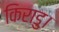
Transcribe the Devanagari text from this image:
किराडु।